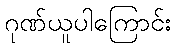
ဂုဏ်ယူပါကြောင်း